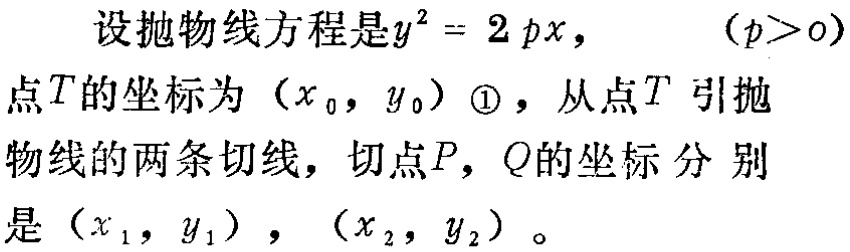
设抛物线方程是\(y^{2}=2px\)， \((p > 0)\)
点\(T\)的坐标为\((x_{0},y_{0})\) \textcircled{1}，从点\(T\)引抛物线的两条切线，切点\(P,Q\)的坐标分别是\((x_{1},y_{1})\)，\((x_{2},y_{2})\)。